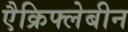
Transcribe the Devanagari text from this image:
एैक्रिफ्लेबीन